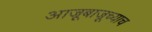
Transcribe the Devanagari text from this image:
आजूबाजूच्याच